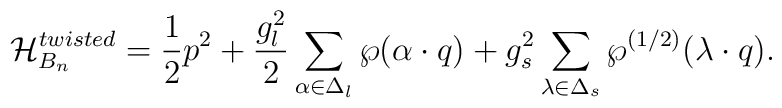
{\cal H}_{B_n}^{twisted}={1\over2}p^2+{g_l^2\over2}   \sum_{\alpha\in\Delta_l}    \wp(\alpha\cdot q)+   {g_s^2}\sum_{\lambda\in\Delta_s}    \wp^{(1/2)}(\lambda\cdot q).